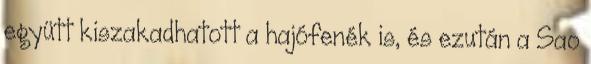
együtt kiszakadhatott a hajófenék is, és ezután a Sao